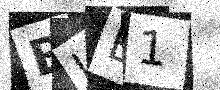
Text: BLE1